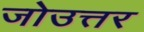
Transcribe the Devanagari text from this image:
जोउत्तर